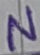
Text: N